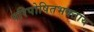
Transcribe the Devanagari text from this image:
परिपोषितभक्ताय